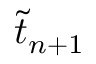
\tilde { t } _ { n + 1 }